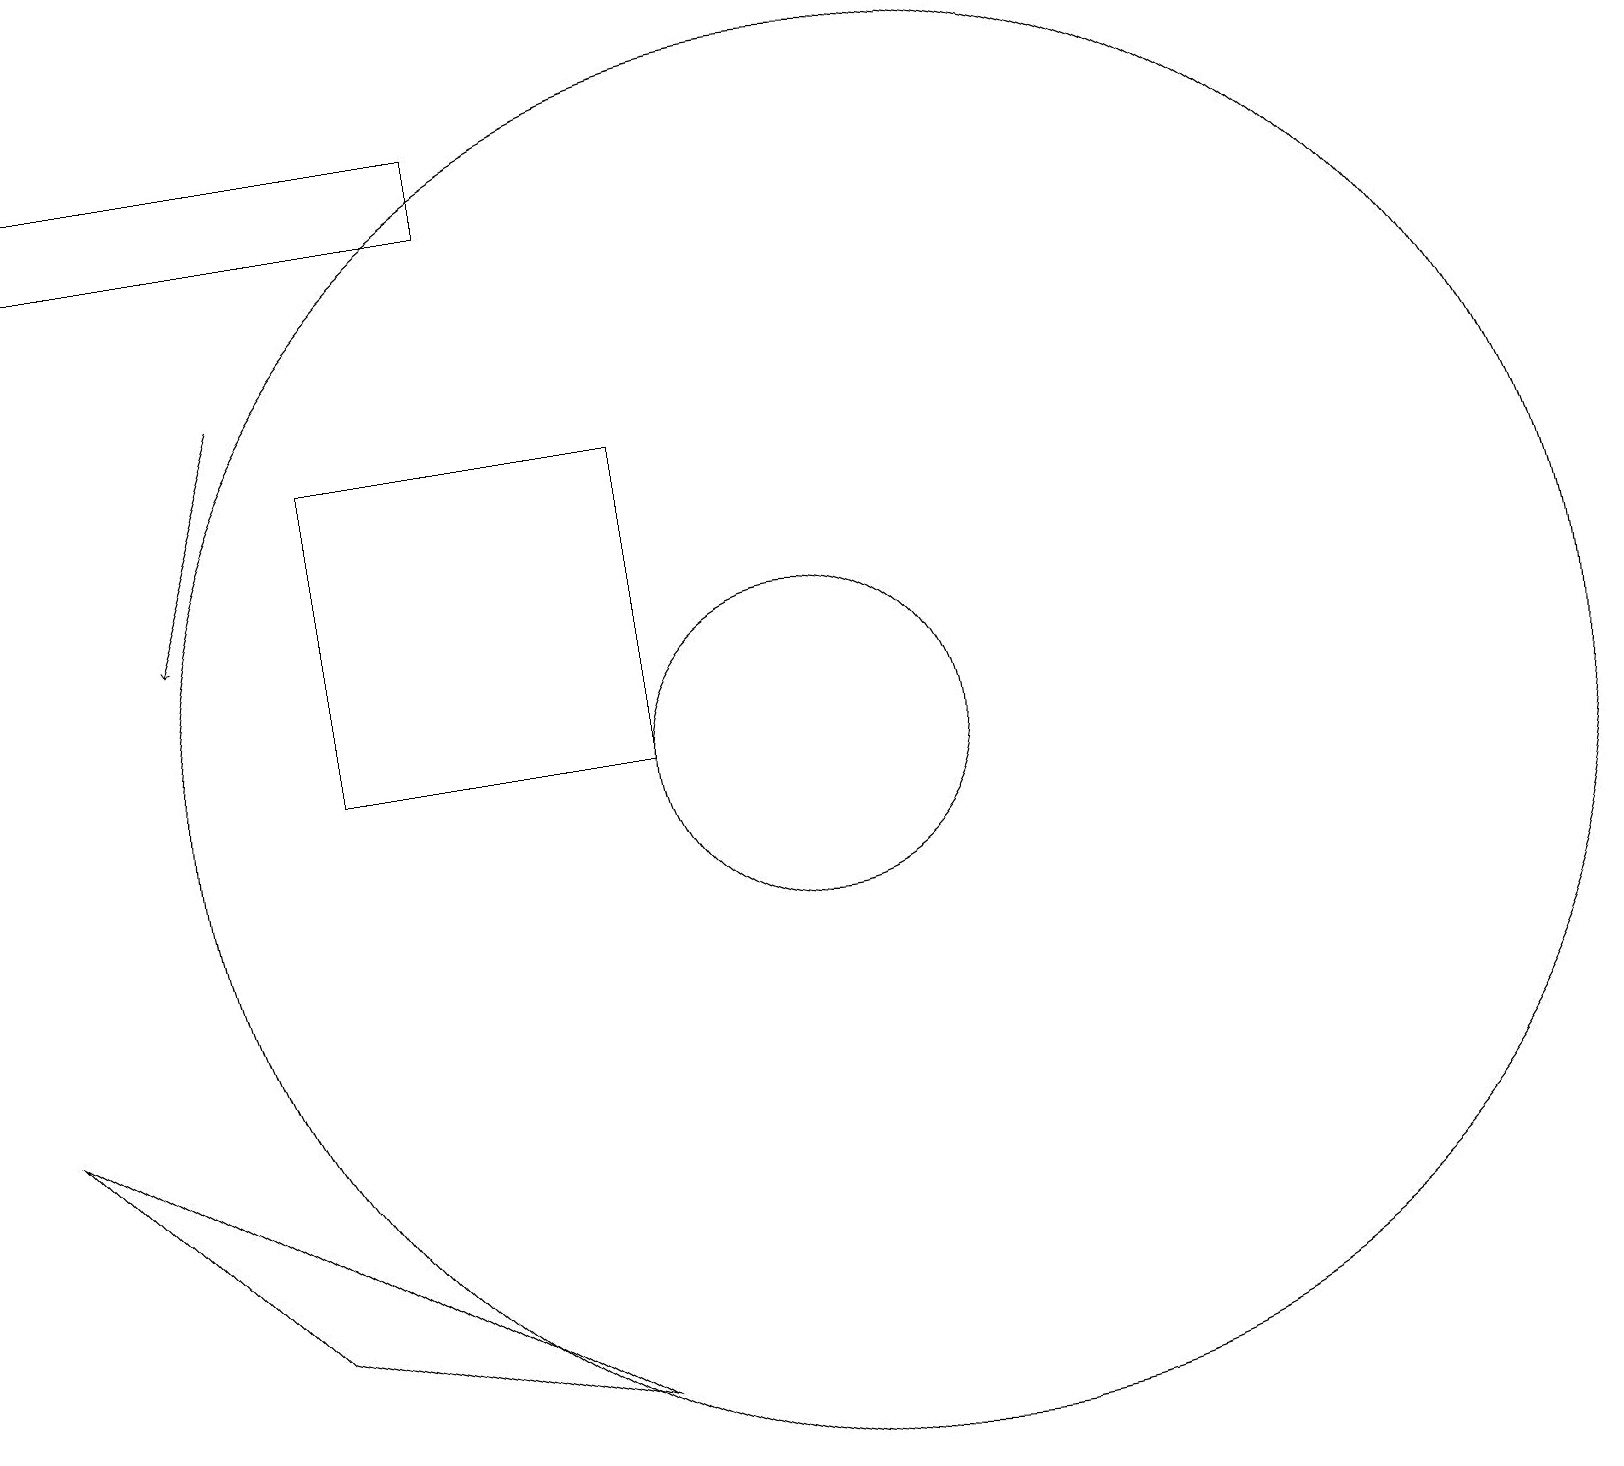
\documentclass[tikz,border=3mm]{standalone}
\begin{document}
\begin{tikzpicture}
\draw (7,19) rectangle (1,18);
\draw (12,11) circle (9);
\draw (4,4) -- (8,3) -- (1,7) -- cycle;
\draw[->] (4,16) -- (3,13);
\draw (5,11) rectangle (9,15);
\draw (11,11) circle (2);
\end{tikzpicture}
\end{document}